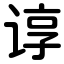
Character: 谆